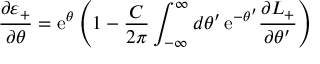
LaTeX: \frac { \partial \varepsilon _ { + } } { \partial \theta } = \mathrm { e } ^ { \theta } \left( 1 - \frac { C } { 2 \pi } \int _ { - \infty } ^ { \infty } d \theta ^ { \prime } \, \mathrm { e } ^ { - \theta ^ { \prime } } \frac { \partial L _ { + } } { \partial \theta ^ { \prime } } \right)